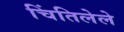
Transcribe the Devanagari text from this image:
चिंतिलेले